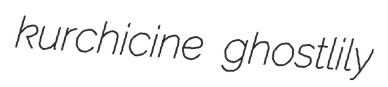
kurchicine ghostlily